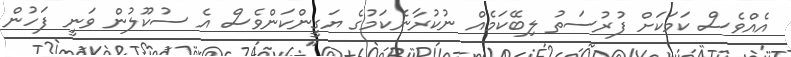
އެއްވެސް ކަމަކަށް ފުރުސަތު ލިބޭކަމެއް ނުކުރާނެކަމުގެ ޔަގީންކަންވެސް އެ ސުކޫލުން ވަނީ ފަހުން